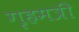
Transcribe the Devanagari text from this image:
गृहमत्री